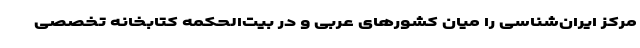
مرکز ایران‌شناسی را میان کشورهای عربی و در بیت‌الحکمه کتابخانه تخصصی